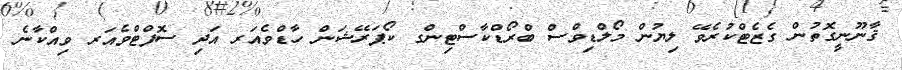
ޤާނޫނީގޮތުން ގެޒެޓްކުރެވޭ ލިޔުން މޯލްޑިވްސް ބްރޯޑްކާސްޓިންގ ކޯޕަރޭޝަން ހާޑްވެއަރ އަދި ސޮފްޓްވެއަރ ވިއްކާނެ